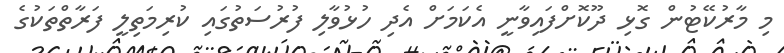
މި މާރުކޭޓުން ގޮޅި ދޫކޮށްފައިވާނީ އެކަމަށް އެދި ހުޅުވާލި ފުރުސަތުގައި ކުރިމަތިލީ ފަރާތްތަކުގެ